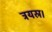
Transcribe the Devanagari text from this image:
त्रयस्र।